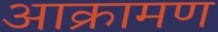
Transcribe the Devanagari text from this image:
आक्रामण